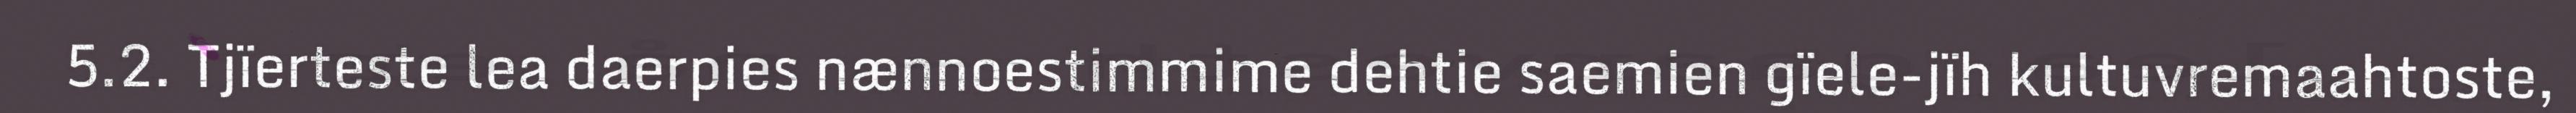
5.2. Tjïerteste lea daerpies nænnoestimmime dehtie saemien gïele-jïh kultuvremaahtoste,